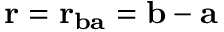
\mathbf { r } = \mathbf { r } _ { \mathbf { b a } } = \mathbf { b } - \mathbf { a }